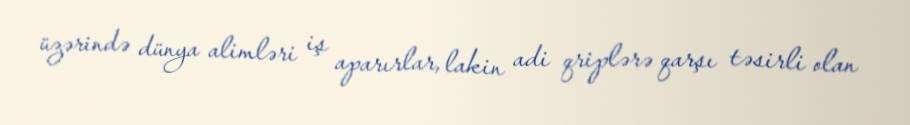
üzərində dünya alimləri iş aparırlar, lakin adi qriplərə qarşı təsirli olan